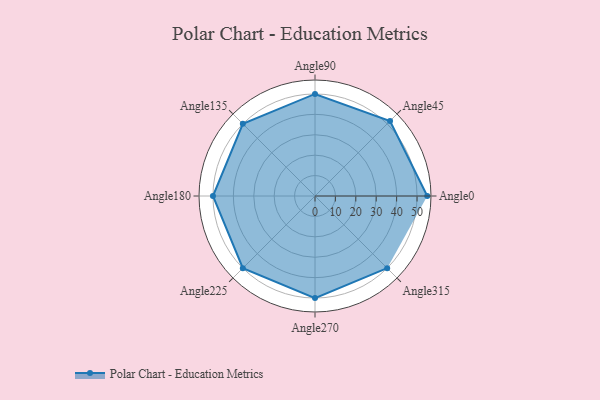
{"axis": {"x": "Angle", "y": "Radius"}, "legend": [""], "data": [{"x": "Angle0", "y": 55.0, "type": ""}, {"x": "Angle45", "y": 52.0, "type": ""}, {"x": "Angle90", "y": 50, "type": ""}, {"x": "Angle135", "y": 50, "type": ""}, {"x": "Angle180", "y": 50, "type": ""}, {"x": "Angle225", "y": 50, "type": ""}, {"x": "Angle270", "y": 50, "type": ""}, {"x": "Angle315", "y": 50, "type": ""}]}